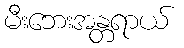
မီးဘေးအန္တရာယ်